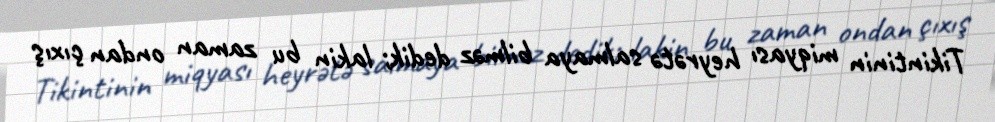
Tikintinin miqyası heyrətə salmaya bilməz dedik; lakin bu zaman ondan çıxış